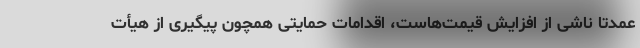
عمدتا ناشی از افزایش قیمت‌هاست، اقدامات حمایتی همچون پیگیری از هیأت